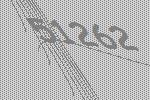
51262